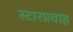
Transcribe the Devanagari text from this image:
स्टारप्रवाह